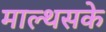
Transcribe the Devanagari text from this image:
माल्थसके